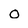
Character: O